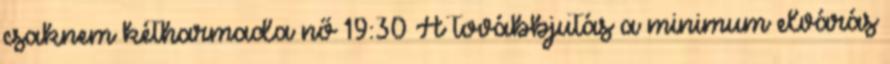
csaknem kétharmada nő 19:30 A továbbjutás a minimum elvárás